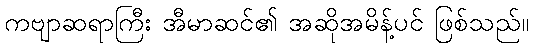
ကဗျာဆရာကြီး အီမာဆင်၏ အဆိုအမိန့်ပင် ဖြစ်သည်။